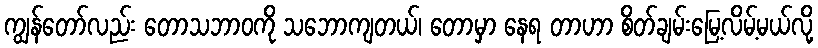
ကျွန်တော်လည်း တောသဘာဝကို သဘောကျတယ်၊ တောမှာ နေရ တာဟာ စိတ်ချမ်းမြေ့လိမ့်မယ်လို့